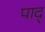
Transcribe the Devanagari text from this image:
पाद्